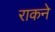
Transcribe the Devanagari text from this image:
राकने